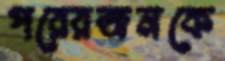
পরেরজনকে